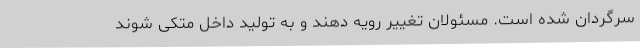
سرگردان شده است. مسئولان تغییر رویه دهند و به تولید داخل متکی شوند